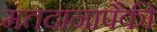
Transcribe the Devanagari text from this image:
मतदानापैकी